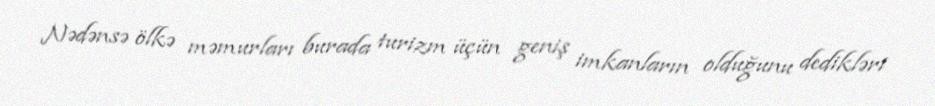
Nədənsə ölkə məmurları burada turizm üçün geniş imkanların olduğunu dedikləri